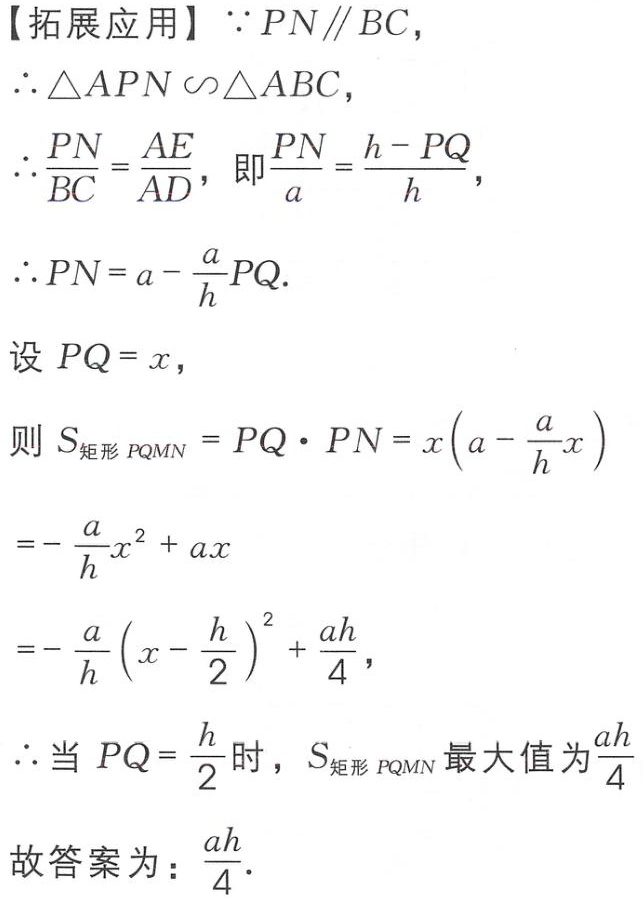
【拓展应用】
\(\because PN\parallel BC\)，
\(\therefore \triangle APN\sim\triangle ABC\)，
\(\therefore \frac{PN}{BC}=\frac{AE}{AD}\)，即\(\frac{PN}{a}=\frac{h - PQ}{h}\)，
\(\therefore PN = a-\frac{a}{h}PQ\).

设\(PQ = x\)，
则\(S_{矩形PQMN}=PQ\cdot PN=x\left(a - \frac{a}{h}x\right)\)
\(=-\frac{a}{h}x^{2}+ax\)
\(=-\frac{a}{h}\left(x - \frac{h}{2}\right)^{2}+\frac{ah}{4}\)，
\(\therefore\)当\(PQ=\frac{h}{2}\)时，\(S_{矩形PQMN}\)最大值为\(\frac{ah}{4}\)
故答案为：\(\frac{ah}{4}\).